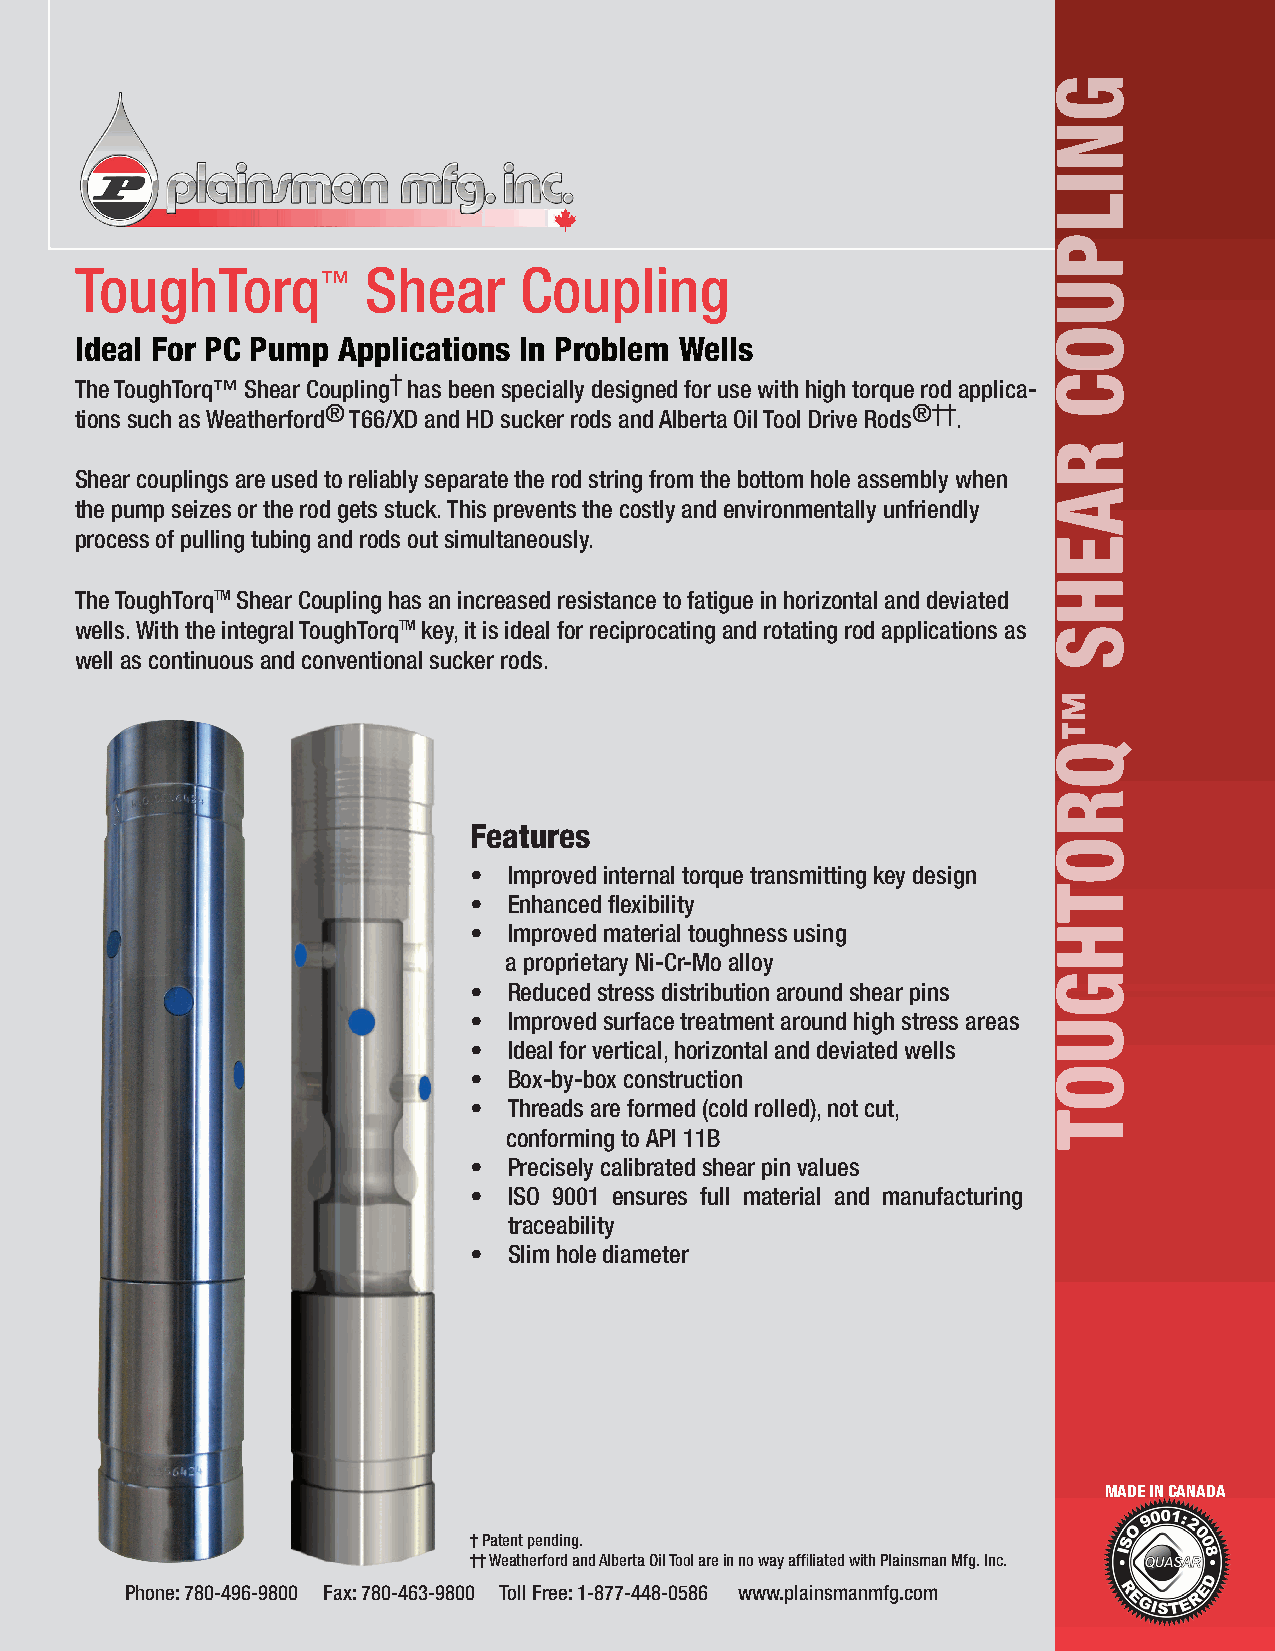
ToughTorq™         Shear     Coupling
 Ideal For PC Pump Applications In Problem Wells
 The ToughTorq™ Shear Coupling† has been specially designed for use with high torque rod applica-
 tions such as Weatherford® T66/XD and HD sucker rods and Alberta Oil Tool Drive Rods®††.
 Shear couplings are used to reliably separate the rod string from the bottom hole assembly when
 the pump seizes or the rod gets stuck. This prevents the costly and environmentally unfriendly
 process of pulling tubing and rods out simultaneously.
 The ToughTorqTM Shear Coupling has an increased resistance to fatigue in horizontal and deviated
 wells. With the integral ToughTorqTM key, it is ideal for reciprocating and rotating rod applications as
 well as continuous and conventional sucker rods.
 Features
 •  Improved internal torque transmitting key design
 •  Enhanced flexibility
 •  Improved material toughness using
 a proprietary Ni-Cr-Mo alloy
 •  Reduced stress distribution around shear pins
 •  Improved surface treatment around high stress areas
 •  Ideal for vertical, horizontal and deviated wells
 •  Box-by-box construction
 •  Threads are formed (cold rolled), not cut,
 conforming to API 11B
 •  Precisely calibrated shear pin values
 •  ISO 9001 ensures full material and manufacturing
 traceability
 •  Slim hole diameter
 MADE IN CANADA
 † Patent pending.
 †† Weatherford and Alberta Oil Tool are in no way affiliated with Plainsman Mfg. Inc.
 Phone: 780-496-9800 Fax: 780-463-9800 Toll Free: 1-877-448-0586 www.plainsmanmfg.com
 gnilpuoc
 raehs
 qroThguoT
 ™